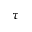
\tau